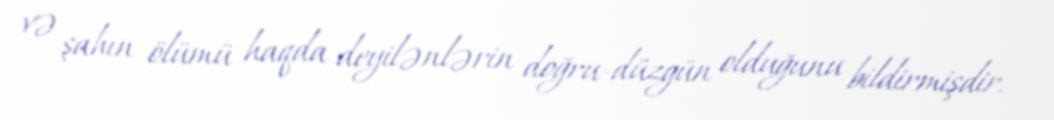
və şahın ölümü haqda deyilənlərin doğru-düzgün olduğunu bildirmişdir.